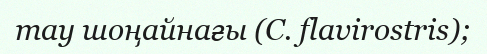
тау шоңайнағы (C. flavirostris);